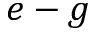
e - g